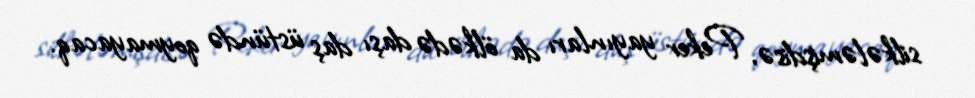
silkələmişdisə, Peker yayınları da ölkədə daşı daş üstündə qoymayacaq.